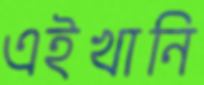
এইখানি